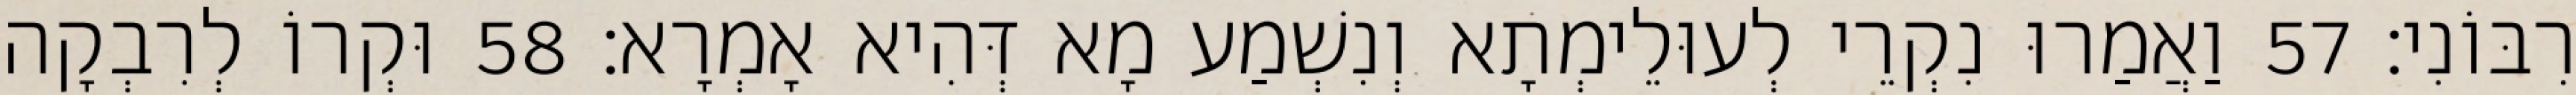
רִבּוֹנִי׃ 57 וַאֲמַרוּ נִקְרֵי לְעוּלֵימְתָא וְנִשְׁמַע מָא דְּהִיא אָמְרָא׃ 58 וּקְרוֹ לְרִבְקָה